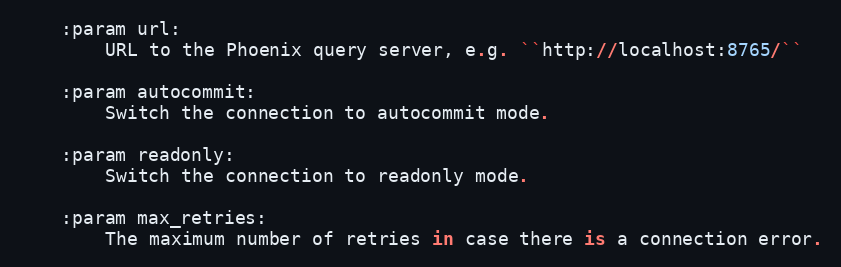
Language: Python
    :param url:
        URL to the Phoenix query server, e.g. ``http://localhost:8765/``

    :param autocommit:
        Switch the connection to autocommit mode.

    :param readonly:
        Switch the connection to readonly mode.

    :param max_retries:
        The maximum number of retries in case there is a connection error.